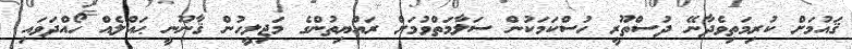
ޤައުމަށް ކުރިމަތިވެދާނޭ ދުސްތޫރީ ހުސްކަމަކުން ސަލާމަތްވުމަށް ރައްޔިތުންގެ މަޖިލީހުން ޤާނޫނީ ޙައްލެއް ހޯއްދަވައި